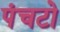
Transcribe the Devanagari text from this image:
पंचटो